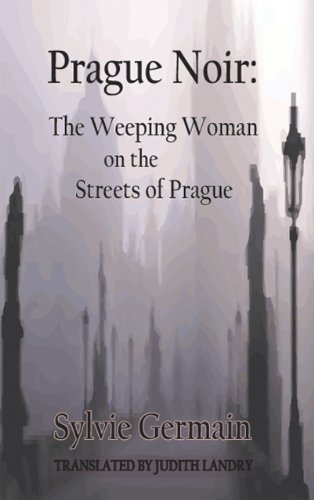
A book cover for Prague Noir: The Weeping Woman on the Streets of Prague (City Noir); Sylvie Germain; Travel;